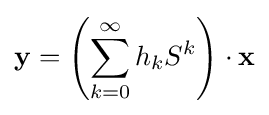
\mathbf {y} =\left(\sum _{k=0}^{\infty }h_{k}S^{k}\right)\cdot \mathbf {x}